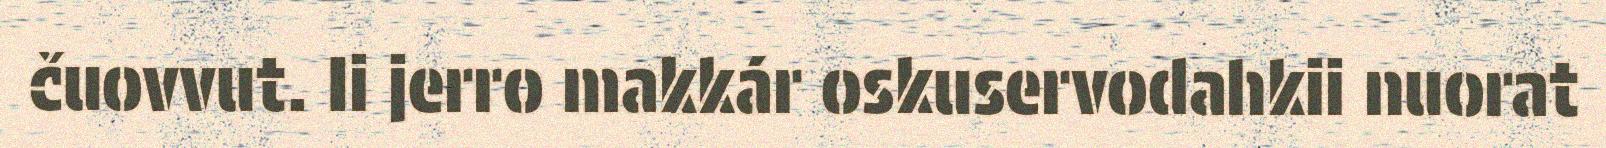
čuovvut. Ii jerro makkár oskuservodahkii nuorat